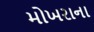
મોખરાના